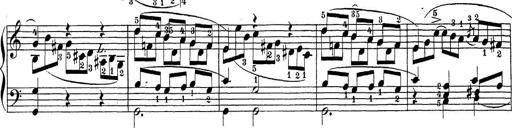
Title: Sonatina Album
Composer: Louis KÃ¶hler